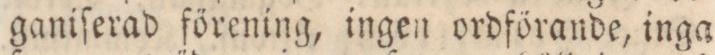
ganiſerad förening, ingen ordförande, inga